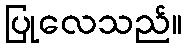
ပြုလေသည်။